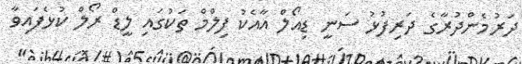
ދަރުމެންދުރާގެ ދަރިފުޅު ސަނީ ޑިއޯލް އާއެކު ފިލްމް ތަކުގައި ލީޑް ރޯލް ކުޅެފައިވާ